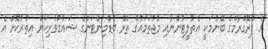
އެ ޕްރޮގްރާމްގެ ބޭނުމަކީ އެތުލީޓުންނާއި މުޖުތަމައުގެ ތެރޭ ބެޑްމިންޓަންގެ ޝައުގުވެރިކަން އިތުރުކޮށް އެ